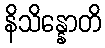
နိသိန္နောတိ